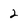
Character: 2